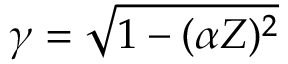
\gamma = \sqrt { 1 - ( \alpha Z ) ^ { 2 } }